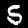
Label: 5